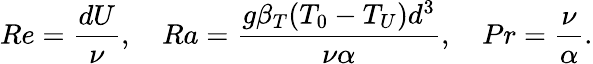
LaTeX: Re=\frac{dU}{\nu},\quad Ra=\frac{g\beta_{T}(T_{0}-T_{U})d^{3}}{\nu\alpha},\quad Pr=\frac{\nu}{\alpha}.